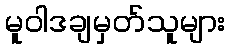
မူဝါဒချမှတ်သူများ